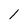
Character: 1